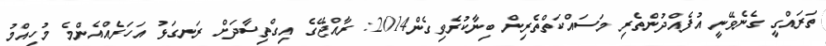
ތަރައްގީ ގެނެވޭނީ އުފެއްދުންތެރި މަސައްކަތްތެރިން ބިނާކުރެވިގެން2014: ރާއްޖޭގެ އިގްތިސާދަށް ރަނގަޅު އަހަރެއްއެންމެ މުހިއްމު